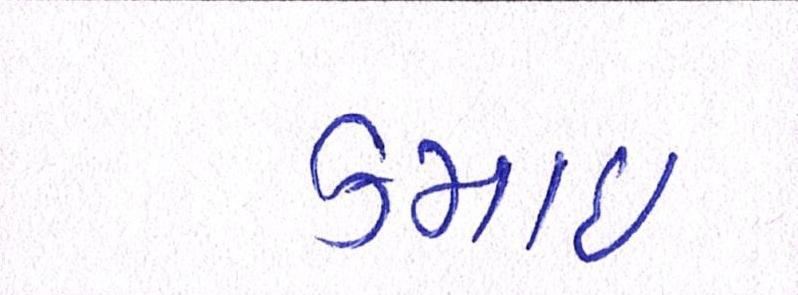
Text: કમાઈ